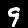
Digit: 9